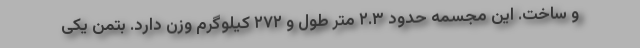
و ساخت. این مجسمه حدود ۲.۳ متر طول و ۲۷۲ کیلوگرم وزن دارد. بتمن یکی